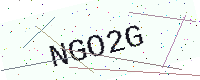
Text: NGO2G